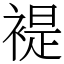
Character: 褆